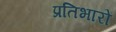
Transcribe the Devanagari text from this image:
प्रतिभारों